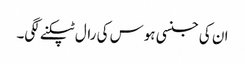
ان کی جنسی ہوس کی رال ٹپکنے لگی۔